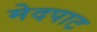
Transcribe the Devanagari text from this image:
मेदपाट